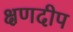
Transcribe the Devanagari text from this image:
क्षणदीप